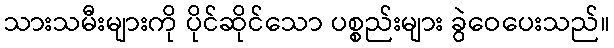
သားသမီးများကို ပိုင်ဆိုင်သော ပစ္စည်းများ ခွဲဝေပေးသည်။